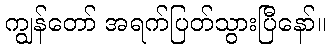
ကျွန်တော် အရက်ပြတ်သွားပြီနော်။